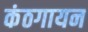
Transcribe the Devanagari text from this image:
कंठगायन